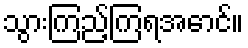
သွားကြည့်ကြရအောင်။